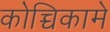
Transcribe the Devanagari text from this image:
कोच्चिकामे